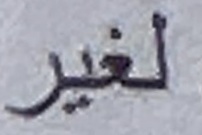
لغير